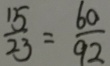
\frac { 1 5 } { 2 3 } = \frac { 6 0 } { 9 2 }